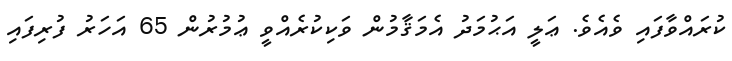
ކުރައްވާފައި ވެއެވެ. ޢަލީ އަޙުމަދު އެމަޤާމުން ވަކިކުރެއްވީ ޢުމުރުން 65 އަހަރު ފުރިފައި